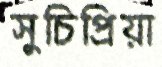
সুচিপ্রিয়া